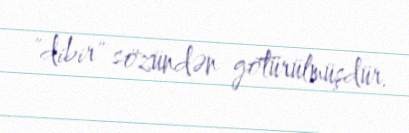
"dibir" sözündən götürülmüşdür.